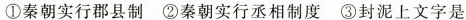
①秦朝实行郡县制②秦朝实行丞相制度③封泥上文字是